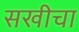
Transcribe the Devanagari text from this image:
सखीचा